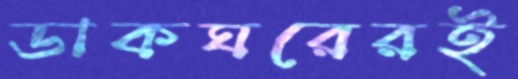
ডাকঘরেরই